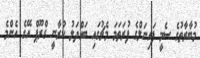
މުބާރާތުގެ ސެމީ ފައިނަލްގެ ފުރަތަމަ މެޗުގައި ބައްދަލު ކުރާނީ ގްރޫޕް އޭގެ އެންމެ